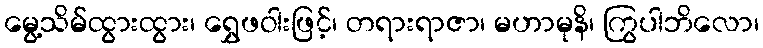
မွေ့သိမ်ထွားထွား၊ ရွှေဖဝါးဖြင့်၊ တရားရာဇာ၊ မဟာမုနိ၊ ကြွပါဘိလော၊